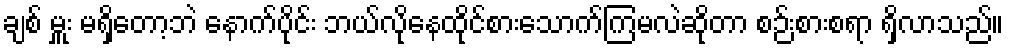
ချစ် မှူး မရှိတော့ဘဲ နောက်ပိုင်း ဘယ်လိုနေထိုင်စားသောက်ကြမလဲဆိုတာ စဉ်းစားစရာ ရှိလာသည်။